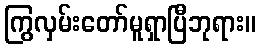
ကြွလှမ်းတော်မူရှာပြီဘုရား။